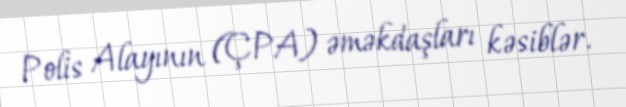
Polis Alayının (ÇPA) əməkdaşları kəsiblər.